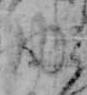
内